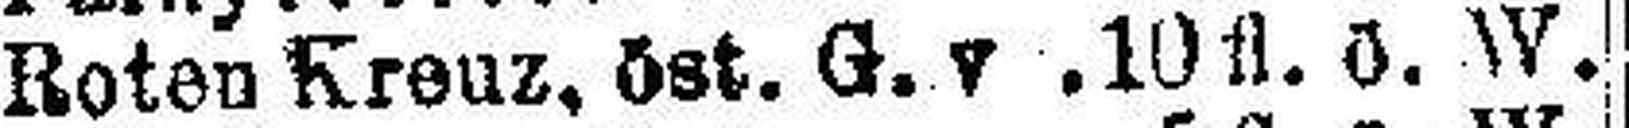
Roten Kreuz, öst. G. v . 10fl. ö. W.